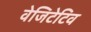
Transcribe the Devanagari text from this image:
वेजिटेटिव